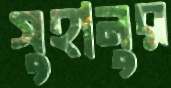
সুহানুর